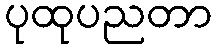
ပုထုပညတာ